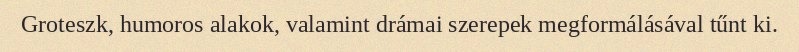
Groteszk, humoros alakok, valamint drámai szerepek megformálásával tűnt ki.